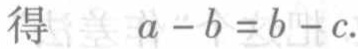
得 \(a - b = b - c\).